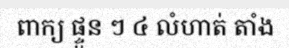
ពាក្យ ផ្ទួន ៗ ៤ លំហាត់ តាំង